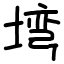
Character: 塆